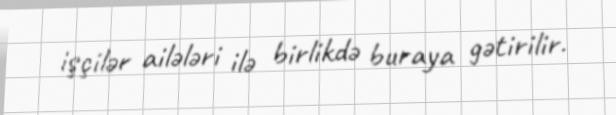
işçilər ailələri ilə birlikdə buraya gətirilir.